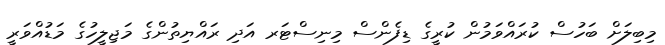
މިބިލަށް ބަހުސް ކުރައްވަމުން ކުރީގެ ޑިފެންސް މިނިސްޓަރ އަދި ރައްޔިތުންގެ މަޖިލީހުގެ މަޑުއްވަރީ